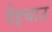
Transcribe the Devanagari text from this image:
पेइचाउ